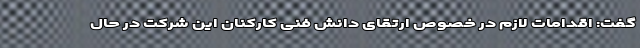
گفت: اقدامات لازم در خصوص ارتقای دانش فنی کارکنان این شرکت در حال